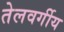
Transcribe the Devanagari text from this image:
तेलवर्गीय